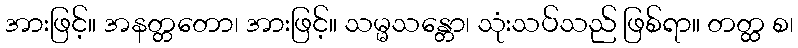
အားဖြင့်။ အနတ္တတော၊ အားဖြင့်။ သမ္မသန္တော၊ သုံးသပ်သည် ဖြစ်ရာ။ တတ္ထ စ၊